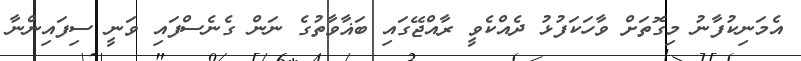
އެމަނިކުފާނު މިގޮތަށް ވާހަކަފުޅު ދެއްކެވީ ރާއްޖޭގައި ބަޣާވާތުގެ ނަން ގެނެސްފައި ވަނީ ސިފައިންނާ